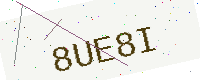
Text: 8UE8I